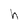
Character: h